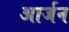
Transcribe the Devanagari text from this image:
आर्जन